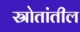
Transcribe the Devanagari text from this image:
स्रोतांतील